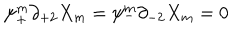
\psi _ { + } ^ { m } \partial _ { + 2 } X _ { m } = \psi _ { - } ^ { m } \partial _ { - 2 } X _ { m } = 0